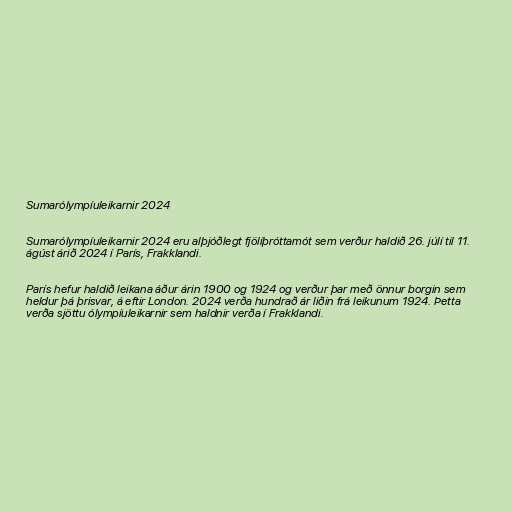
Sumarólympíuleikarnir 2024

Sumarólympíuleikarnir 2024 eru alþjóðlegt fjölíþróttamót sem verður haldið 26. júlí til 11.
ágúst árið 2024 í París, Frakklandi.

París hefur haldið leikana áður árin 1900 og 1924 og verður þar með önnur borgin sem
heldur þá þrisvar, á eftir London. 2024 verða hundrað ár liðin frá leikunum 1924. Þetta
verða sjöttu ólympíuleikarnir sem haldnir verða í Frakklandi.